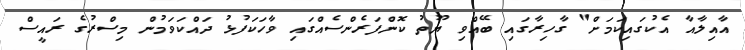
އާއިލާއާ އެކުގައިކަމަށް" ގާހިރާގައި ބޭއްވި ޔޫތު ކޮންފަރެންސެއްގައި ވާހަކަފުޅު ދައްކަވަމުން މިސްރުގެ ރައީސް